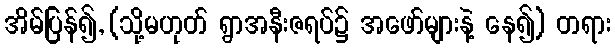
အိမ်ပြန်၍, (သို့မဟုတ် ရွာအနီးဇရပ်၌ အဖော်များနဲ့ နေ၍) တရား